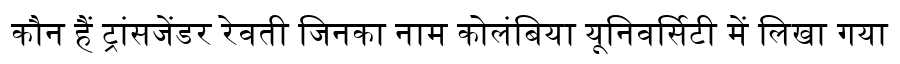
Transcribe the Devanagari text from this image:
कौन हैं ट्रांसजेंडर रेवती जिनका नाम कोलंबिया यूनिवर्सिटी में लिखा गया